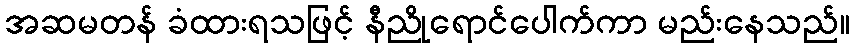
အဆမတန် ခံထားရသဖြင့် နီညိုရောင်ပေါက်ကာ မည်းနေသည်။